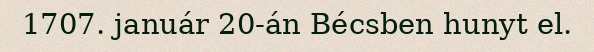
1707. január 20-án Bécsben hunyt el.